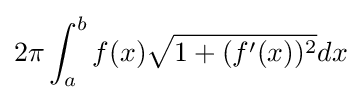
2\pi \int _{a}^{b}{f(x){\sqrt {1+(f'(x))^{2}}}dx}